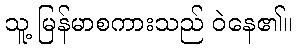
သူ့ မြန်မာစကားသည် ဝဲနေ၏။